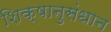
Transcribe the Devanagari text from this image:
शिक्षानुसंधान